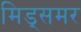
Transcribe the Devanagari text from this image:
मिड्‌समर